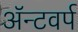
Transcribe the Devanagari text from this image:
ॲन्टवर्प